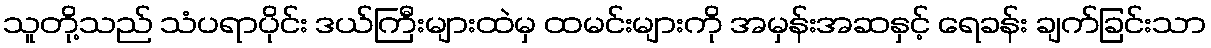
သူတို့သည် သံပရာပိုင်း ဒယ်ကြီးများထဲမှ ထမင်းများကို အမှန်းအဆနှင့် ရေခန်း ချက်ခြင်းသာ